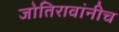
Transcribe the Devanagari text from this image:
जोतिरावांनीच